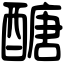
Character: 醣